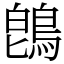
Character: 鵖